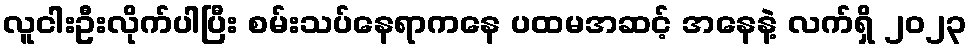
လူငါးဦးလိုက်ပါပြီး စမ်းသပ်နေရာကနေ ပထမအဆင့် အနေနဲ့ လက်ရှိ ၂၀၂၃